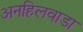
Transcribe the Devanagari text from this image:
अनहिलवाडा